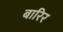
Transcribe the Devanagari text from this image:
बारिर